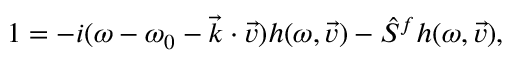
1 = - i ( \omega - \omega _ { 0 } - \vec { k } \cdot \vec { v } ) h ( \omega , \vec { v } ) - \hat { S } ^ { f } h ( \omega , \vec { v } ) ,